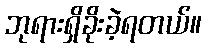
ဘုရားရှိခိုးခဲ့ရတယ်။